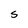
Character: S